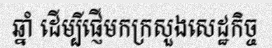
ឆ្នាំ ដើម្បីផ្ញើមកក្រសួងសេដ្ឋកិច្ច